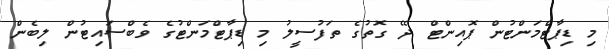
މި ޑިޕާޓްމަންޓުން ޕޮއިންޓް ދޭ ގޮތުގެ ތަފުސީލު މި ޑިޕާޓްމަންޓުގެ ވެބްސައިޓުން ލިބެން